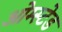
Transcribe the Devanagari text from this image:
ओम्स्टेड